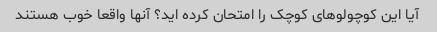
آیا این کوچولوهای کوچک را امتحان کرده اید؟ آنها واقعا خوب هستند